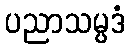
ပညာသမ္ပဒံ